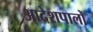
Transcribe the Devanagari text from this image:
आदेशपालों